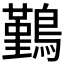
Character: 𪅀